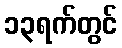
၁၃ရက်တွင်